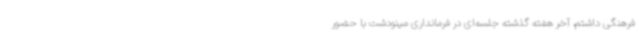
فرهنگی داشتم، آخر هفته گذشته جلسه‌ای در فرمانداری مینودشت با حضور